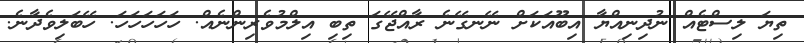
ތިޔަ ލިސްޓެއް ނުދިނިއްޔާ އިބޫއަކަށް ނޭނގޭނެ ރާއްޖޭގަ ތިބި އިލްމުވެރިންނެއް. ހަހަހަހަހަ. ހޭބަލިވެދާނެ.